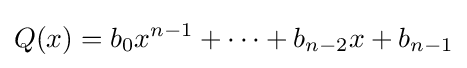
Q(x)=b_{0}x^{n-1}+\cdots +b_{n-2}x+b_{n-1}